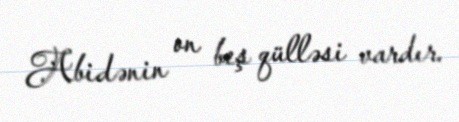
Abidənin on beş qülləsi vardır.